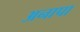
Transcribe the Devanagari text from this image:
अनापा